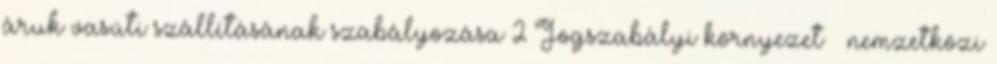
áruk vasúti szállításának szabályozása 2 Jogszabályi környezet  nemzetközi